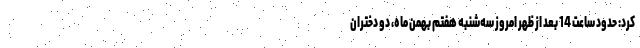
کرد: حدود ساعت 14 بعد از ظهر امروز سه‌شنبه هفتم بهمن ماه، دو دختران